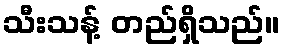
သီးသန့် တည်ရှိသည်။